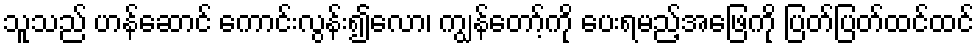
သူသည် ဟန်ဆောင် ကောင်းလွန်း၍လော၊ ကျွန်တော့်ကို ပေးရမည့်အဖြေကို ပြတ်ပြတ်ထင်ထင်